Vaccination Hyderabad 1872-1889 - 1872-1889
Year: 1872
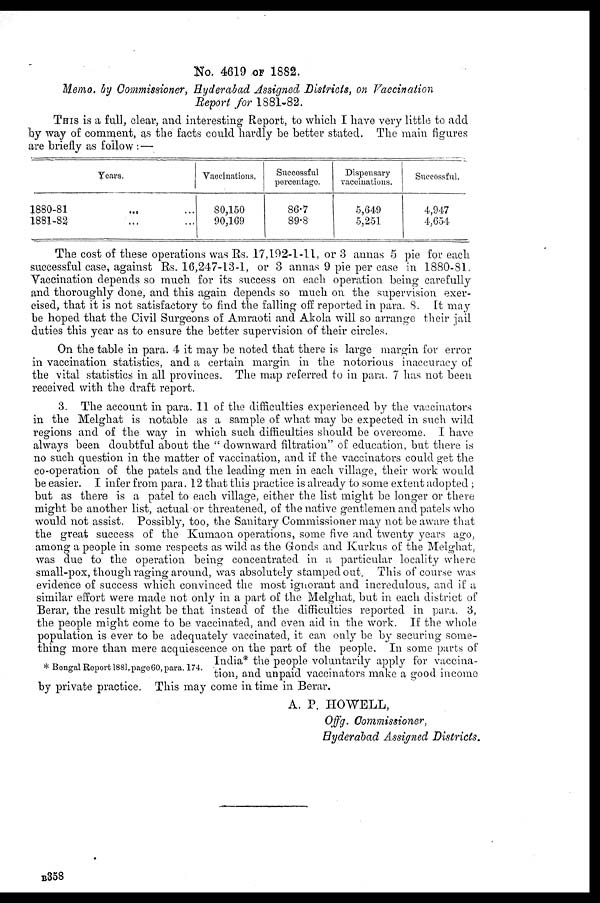
No. 4619 OF 1882.
Memo. by Commissioner, Hyderabad Assigned Districts, on Vaccination
Report for 1881-82.
THIS is a full, clear, and interesting Report, to which I have very little to add
by way of comment, as the facts could hardly be better stated. The main figures
are briefly as follow: —
Years.
1880-81 ... ...
1881-82
Vaccinations.
80,150
90,169
Successful
percentage.
86.7
89.8
Dispensary
vaccinations.
5,649
5,251
Successful.
4,947
4,654
The cost of these operations was Rs. 17,192-1-11, or 3 annas 5 pie for each
successful case, against Rs. 16,247-13-1, or 3 annas 9 pie per case in 1880-81.
Vaccination depends so much for its success on each operation being carefully
and thoroughly done, and this again depends so much on the supervision exer-
cised, that it is not satisfactory to find the falling off reported in para. 8. It may
be hoped that the Civil Surgeons of Amraoti and Akola will so arrange their jail
duties this year as to ensure the better supervision of their circles.
On the table in para. 4 it may be noted that there is large margin for error
in vaccination statistics, and a certain margin in the notorious inaccuracy of
the vital statistics in all provinces. The map referred to in para. 7 has not been
received with the draft report.
* Bengal Report 1881,page 60, para. 174.
3. The account in para. 11 of the difficulties experienced by the vaccinators
in the Melghat is notable as a sample of what may be expected in such wild
regions and of the way in which such difficulties should be overcome. I have
always been doubtful about the " downward filtration" of education, but there is
no such question in the matter of vaccination, and if the vaccinators could get the
co-operation of the patels and the leading men in each village, their work would
be easier. I infer from para. 12 that this practice is already to some extent adopted ;
but as there is a patel to each village, either the list might be longer or there
might be another list, actual or threatened, of the native gentlemen and patels who
would not assist. Possibly, too, the Sanitary Commissioner may not be aware that
the great success of the Kumaon operations, some five and twenty years ago,
among a people in some respects as wild as the Gonds and Kurkus of the Melghat,
was due to the operation being concentrated in a particular locality where
small-pox, though raging around, was absolutely stamped out. This of course was
evidence of success which convinced the most ignorant and incredulous, and if a
similar effort were made not only in a part of the Melghat, but in each district of
Berar, the result might be that instead of the difficulties reported in para. 3,
the people might come to be vaccinated, and even aid in the work. If the whole
population is ever to be adequately vaccinated, it can only be by securing some-
thing more than mere acquiescence on the part of the people. In some parts of
India* the people voluntarily apply for vaccina-
tion, and unpaid vaccinators make a good income
by private practice. This may come in time in Berar.
A. P. HOWELL,
Offg. Commissioner,
Hyderabad Assigned Districts.
B358